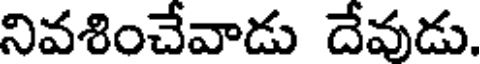
నివశించేవాడు దేవుడు.